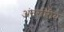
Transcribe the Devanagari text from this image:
अंतर्राष्त्रीय